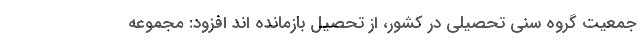
جمعیت گروه سنی تحصیلی در کشور، از تحصیل بازمانده اند افزود: مجموعه